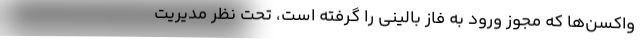
واکسن‌ها که مجوز ورود به فاز بالینی را گرفته است، تحت نظر مدیریت